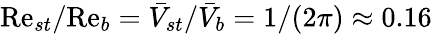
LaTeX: \mathrm{Re}_{st}/\mathrm{Re}_{b}=\bar{V}_{st}/\bar{V}_{b}=1/(2\pi)\approx 0.16